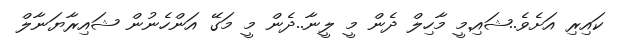
ކައިރި އަށެވެ..ޝައި